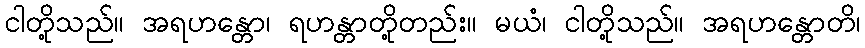
ငါတို့သည်။ အရဟန္တော၊ ရဟန္တာတို့တည်း။ မယံ၊ ငါတို့သည်။ အရဟန္တောတိ၊